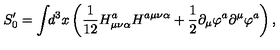
S _ { 0 } ^ { \prime } = \int \! \! d ^ { 3 } x \left( \frac 1 { 1 2 } H _ { \mu \nu \alpha } ^ { a } H ^ { a \mu \nu \alpha } + \frac 1 2 \partial _ { \mu } \varphi ^ { a } \partial ^ { \mu } \varphi ^ { a } \right) ,